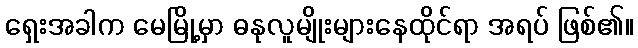
ရှေးအခါက မေမြို့မှာ ဓနုလူမျိုးများနေထိုင်ရာ အရပ် ဖြစ်၏။